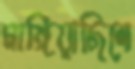
মাঙ্গিয়াছিলে